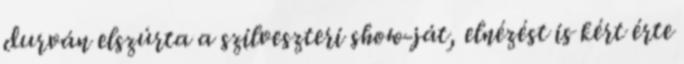
durván elszúrta a szilveszteri show-ját, elnézést is kért érte